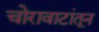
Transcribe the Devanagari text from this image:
चोरावाटांतून